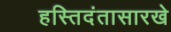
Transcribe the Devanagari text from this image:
हस्तिदंतासारखे